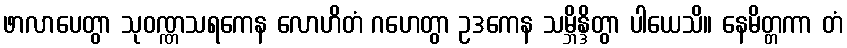
ဖာလာပေတွာ သုဝဏ္ဏသရကေန လောဟိတံ ဂဟေတွာ ဥဒကေန သမ္ဘိန္ဒိတွာ ပါယေသိ။ နေမိတ္တကာ တံ